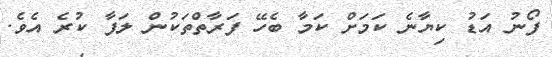
ފޯނު އަޑު ކިޔާނެ ކަމަށް ކަމާ ބެހޭ ފަރާތްތަކުން ލަފާ ކުރެ އެވެ.